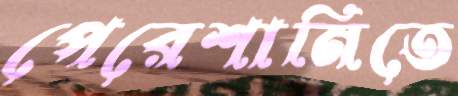
পেরেশানিতে